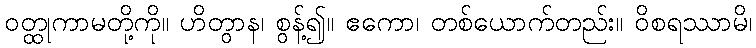
ဝတ္ထုကာမတို့ကို။ ဟိတွာန၊ စွန့်၍။ ဧကော၊ တစ်ယောက်တည်း။ ဝိစရဿာမိ၊